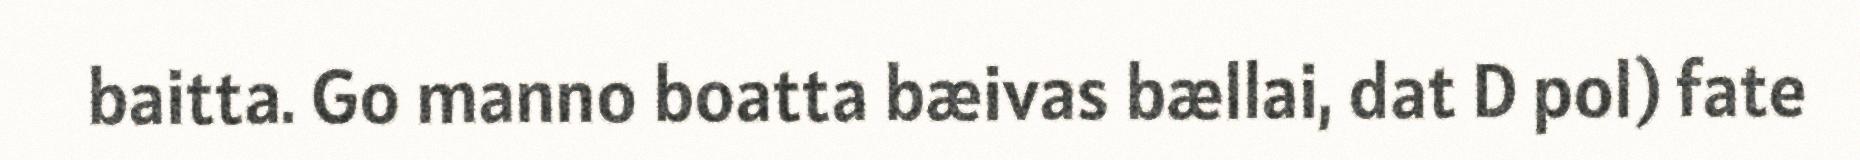
baitta. Go manno boatta bæivas bællai, dat D pol) fate